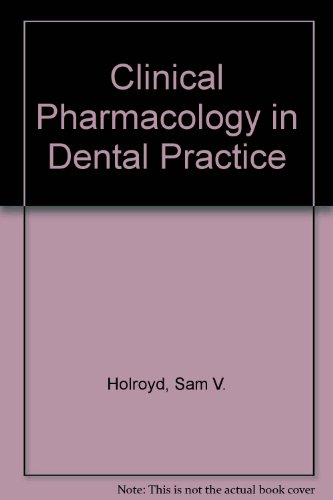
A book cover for Clinical pharmacology in dental practice; Samuel V Holroyd; Medical Books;